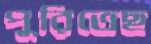
পুরিতেছ